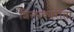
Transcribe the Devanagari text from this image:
शिल्पकारीता